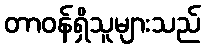
တာဝန်ရှိသူများသည်